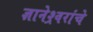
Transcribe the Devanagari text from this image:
ज्ञानेश्र्वरांचे